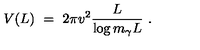
V ( L ) \ = \ 2 \pi v ^ { 2 } \frac L { \log { m _ { \gamma } L } } \ .